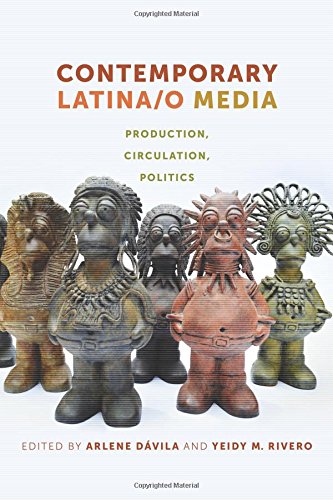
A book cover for Contemporary Latina/o Media: Production, Circulation, Politics; Law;